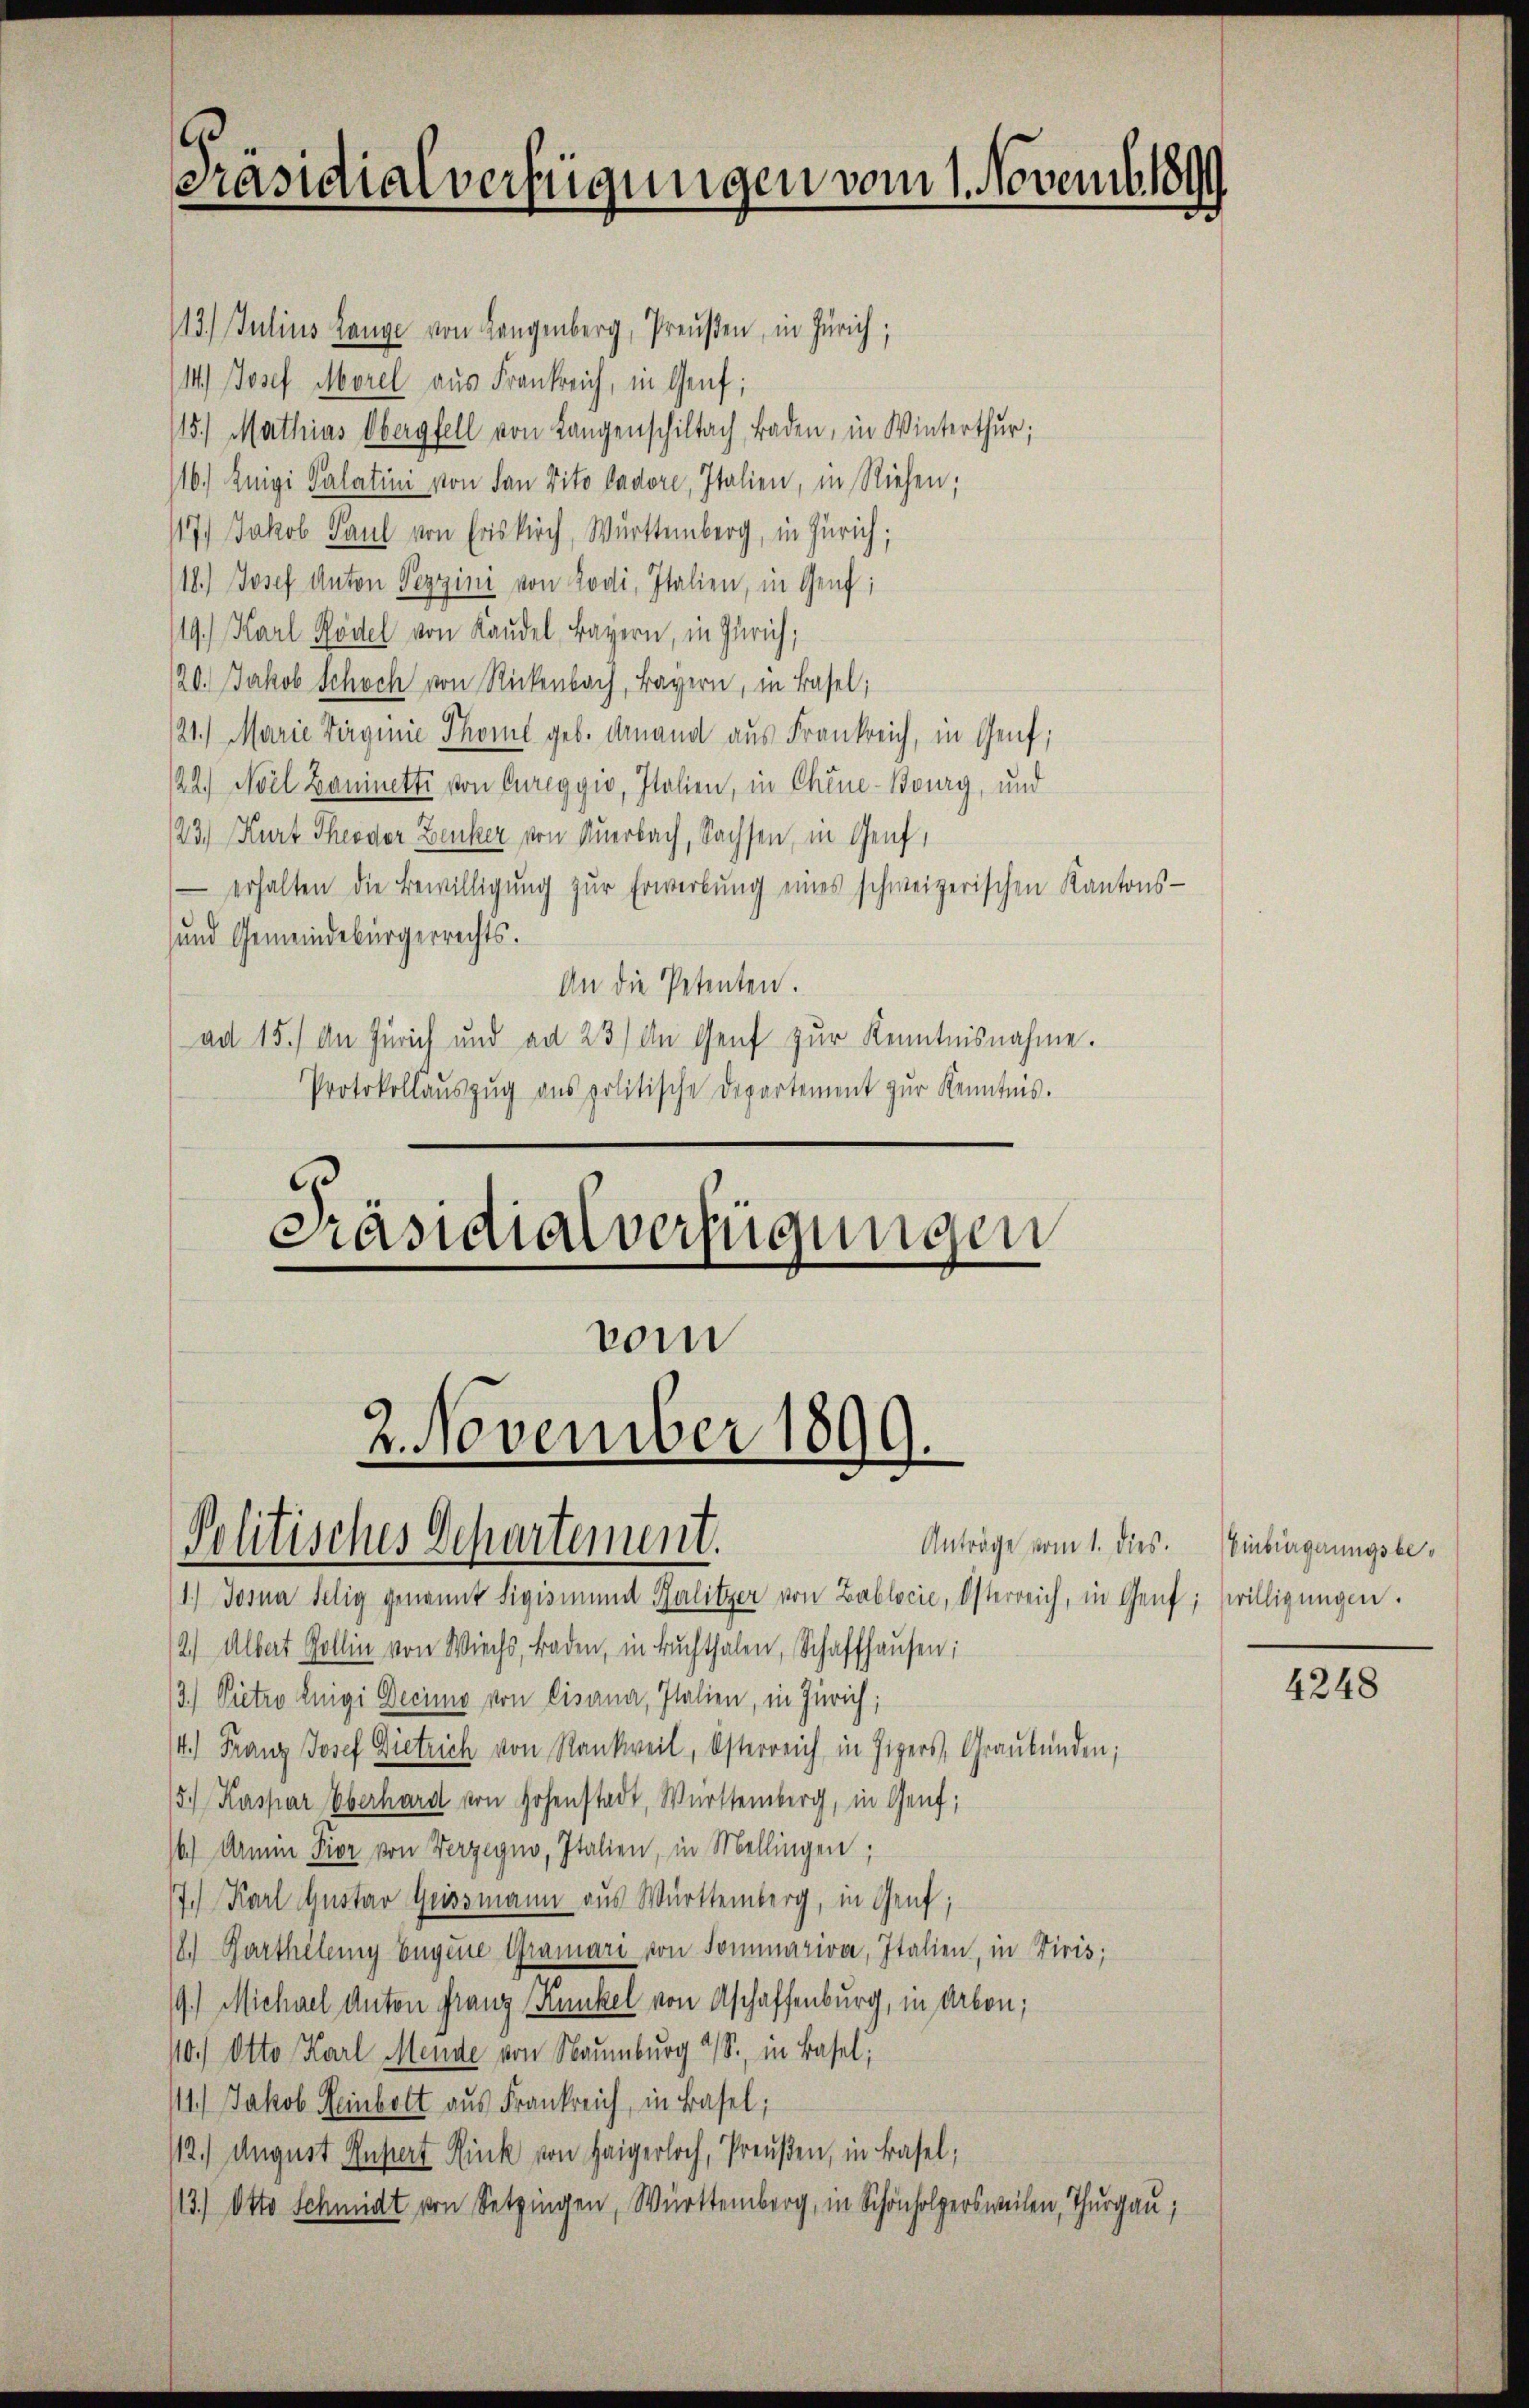
Präsidialverfügungen vom 1. Novemb. 1899

113. Julius Lange von Langenberg, Preußen, in Zürich;
(14.) Josef Morel aus Frankreich, in Genf;
115. Mathias Obergfell von Langenschiltach Baden, in Winterthur;
116.) Zuigi Salatini von den Vito Cadore, Italien, in Riehen;
117) Jakob Paul von Friskirch, Württemberg, in Zürich;
18.) Josef Anton Pezzini von Lodi, Italien, in Genf;
119.) Karl Rödel von Kandel, Bayern, in Zürich;
120. Jakob Schoch von Rickenbach, Bayern, in Basel;
21.) Marie Virginie Thore geb. Finand aus Frankreich, in Genf,
22.) Moel Zaninetti von Cureggio, Italien, in Chine-Bourg, und
23.) Kurt Theodor Benker von Auerbach, Sachsen, in Genf,
erhalten die Bewilligŭng zŭr Erwerbŭng eines schweizerischen Kantons-
und Gemeindebürgerrechts.
An die Petenten.
ad 15.) An Zürich und ad 23) An Genf zur Kenntnisnahme.
Protokollaŭszŭg ans politische Departement zŭr Kenntnis.

Präsidialverfügungen
vom
2. November 1899.
Politisches Departement.
Anträge vom 1. dies

1.) Josia selig genannt Sigismund Kalitzer von Zablocić, Osterreich, in Genf; willigŭngen.
2) Albert Gollin von Wiechs, Baden, in Bŭchthalen, Schaffhausen:
3.) Pietro Enigi Decima von Lisana, Italien, in Zürich;
4.) Franz Josef Dietrich von Rankweil, Osterreich in Zigers, Graubünden;
/5. Kaspar Oberhard von Hohenstadt, Württemberg, in Genf;
16) Darmin Pior von Verzegno, Italien, in Mellingen;
7.) Karl Gustav Geissmann aus Württemberg, in Genf;
18.) Bartheilung Eugene Gramari von Sommariva, Italien, in Tiris;
19.) Michael Anton Franz Kunkel von Aschaffenburg, in Arbon;
10.) Otto Karl Mende von Naumburg a/S., in Basel,
11.) Jakob Heinbott aus Frankreich, in Basel;
112. August Ansiert Rink von Haigerloch, Preußen, in Basel,
13.) Otto Schmidt von Setzingen, Württemberg, in Schönholpersweilen, Thurgau;

Einbürgerungsbe¬

4248